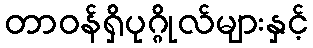
တာဝန်ရှိပုဂ္ဂိုလ်များနှင့်